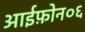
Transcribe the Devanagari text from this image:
आईफ़ोन०६